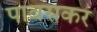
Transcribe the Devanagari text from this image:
पावसकर